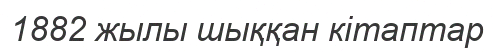
1882 жылы шыққан кітаптар